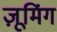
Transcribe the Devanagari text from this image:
ज़ूमिंग